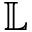
\mathbb { L }